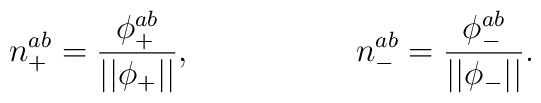
n_{+}^{ab}=\frac{\phi _{+}^{ab}}{||\phi _{+}||},\quad \quad \quad \quad\quad n_{-}^{ab}=\frac{\phi _{-}^{ab}}{||\phi _{-}||}.